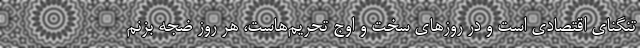
تنگنای اقتصادی است و در روزهای سخت و اوج تحریم‌هاست، هر روز ضجه بزنم